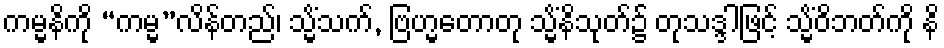
ကမ္မနိကို “ကမ္မ”လိန်တည်၊ သ္မိံသက်, ဗြဟ္မတောတု သ္မိံနိသုတ်၌ တုသဒ္ဒါဖြင့် သ္မိံဝိဘတ်ကို နိ